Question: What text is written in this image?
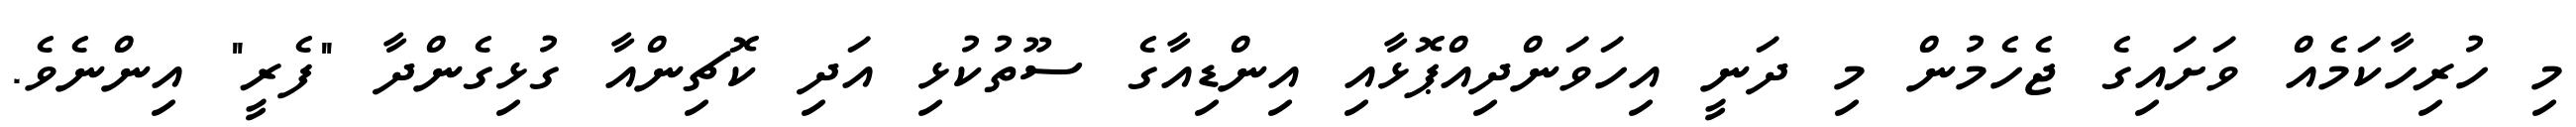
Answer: މި ހުރިހާކަމެއް ވަށައިގެ ޖެހެމުން މި ދަނީ އިހަވަންދިއްޕޮޅާއި އިންޑިއާގެ ސޫތުކުޅި އަދި ކޮޗިންއާ ގުޅިގެންދާ "ފެރީ" އިންނެވެ.